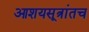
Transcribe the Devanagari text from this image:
आशयसूत्रांतच